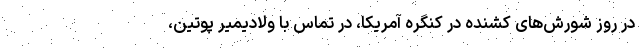
در روز شورش‌های کشنده در کنگره آمریکا، در تماس با ولادیمیر پوتین،